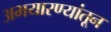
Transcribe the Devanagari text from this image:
अभयारण्यांतून